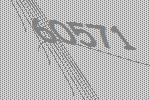
60571